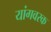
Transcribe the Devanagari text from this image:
यांगवरक